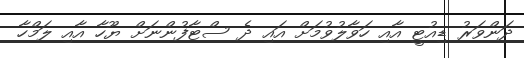
ދަންވަރު ޑިއުޓީ އާއި ހަވާލުވުމަށް އައި ދެ ސްޓާފުންނަށް ޔޫހާ އާއި ލަމްހާ